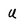
Character: u